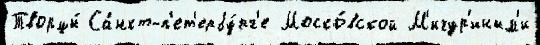
Творцы́ Са́нкт-п'ет'ербу́рг'е Моско́вской М'ичур'иным'и